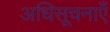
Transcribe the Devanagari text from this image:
अधिसूचनाएँ